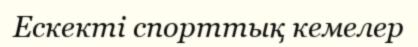
Ескекті спорттық кемелер